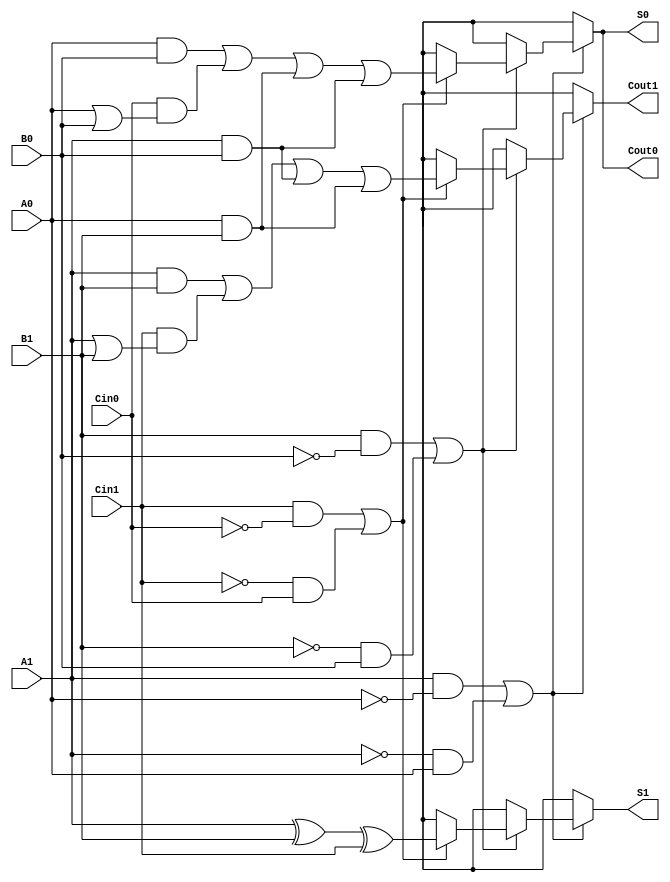
module dual_rail_full_adder (
    input wire A1, A0,    // Dual-rail representation of input A
    input wire B1, B0,    // Dual-rail representation of input B
    input wire Cin1, Cin0, // Dual-rail representation of carry-in (Cin)
    output reg S1, S0,    // Dual-rail representation of sum output (S)
    output reg Cout1, Cout0 // Dual-rail representation of carry-out output (Cout)
);

    always @(*) begin
        // Initialize outputs to invalid state
        S1 = 1'bx;
        S0 = 1'bx;
        Cout1 = 1'bx;
        Cout0 = 1'bx;

        // Check for valid input states
        if ((A1 && !A0) || (!A1 && A0)) begin
            if ((B1 && !B0) || (!B1 && B0)) begin
                if ((Cin1 && !Cin0) || (!Cin1 && Cin0)) begin
                    // Valid states, compute outputs
                    S1 = A1 ^ B1 ^ Cin1;
                    S0 = (A0 & B0) | (Cin0 & (A0 | B0)) | (A0 & B1) | (A1 & B0);
                    
                    Cout1 = (A1 & B1) | (Cin1 & (A1 | B1)) | (A1 & B0) | (A0 & B1);
                    Cout0 = (A0 & B0) | (Cin0 & (A0 | B0)) | (A0 & B1) | (A1 & B0);
                end
            end
        end
    end

endmodule